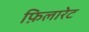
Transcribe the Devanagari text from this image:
फ़िलारेट